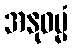
အနုဓမ္မံ